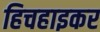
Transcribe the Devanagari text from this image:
हिचहाइकर